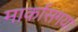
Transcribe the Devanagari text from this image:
मार्कासगया